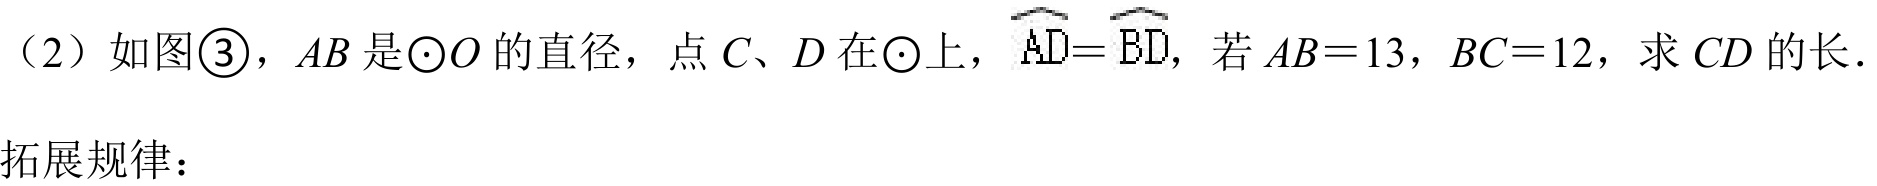
（2）如图\textcircled{3}，$AB$是$\odot O$的直径，点$C、D$在$\odot$上，$\overset{\frown}{AD}=\overset{\frown}{BD}$，若$AB = 13$，$BC = 12$，求$CD$的长．

拓展规律：